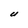
Character: U